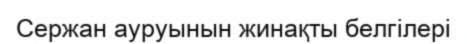
Сержан ауруынын жинақты белгілері